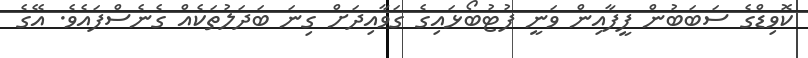
ކޮވިޑްގެ ސަބަބުން ފީފާއިން ވަނީ ފުޓުބޯޅައިގެ ގަވާއިދަށް ގިނަ ބަދަލުތަކެއް ގެނެސްފައެވެ. އޭގެ